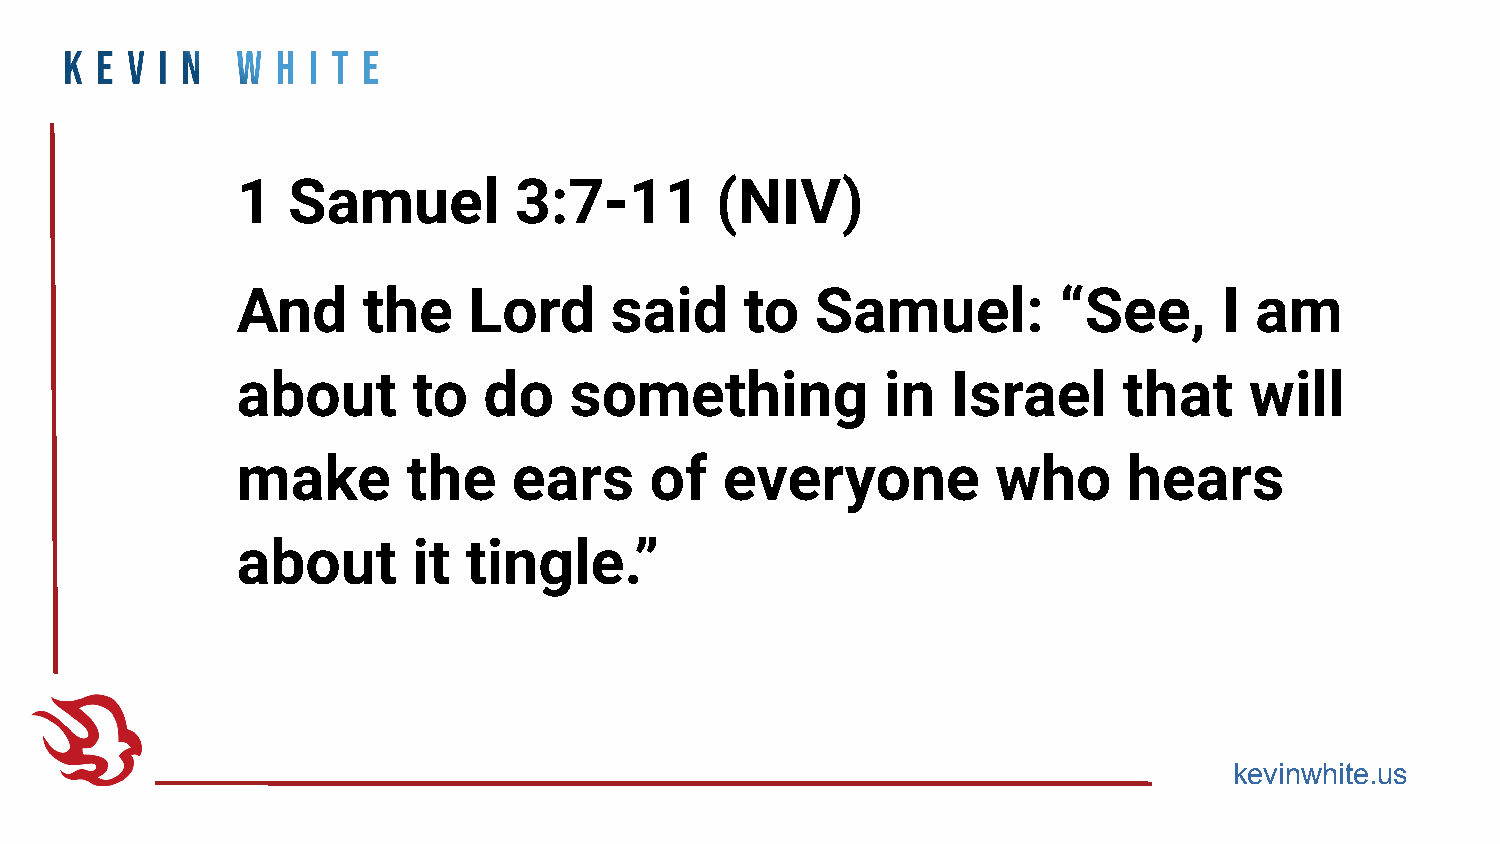
1  Samuel         3:7-11       (NIV)
 And     the    Lord     said     to   Samuel:         “See,      I am
 about      to   do    something            in  Israel     that     will
 make       the    ears     of   everyone          who      hears
 about      it  tingle.”
 kevinwhite.us